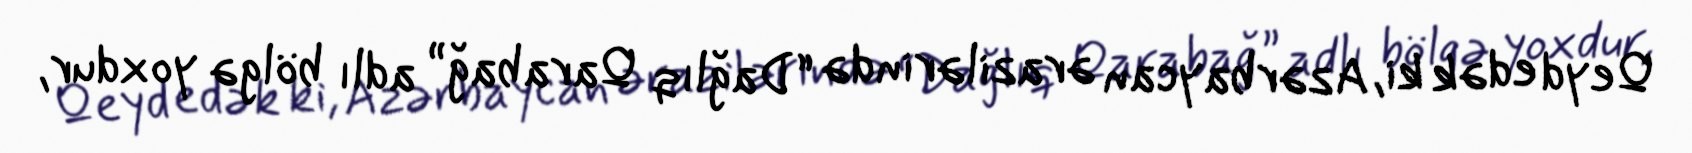
Qeyd edək ki, Azərbaycan ərazilərində “Dağlıq Qarabağ” adlı bölgə yoxdur,